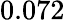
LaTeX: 0.072